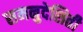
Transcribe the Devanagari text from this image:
समनुदेशिती